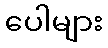
ပေါများ